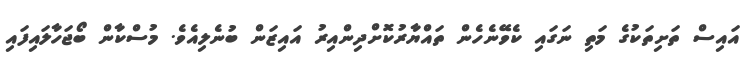
އައިސް ތަށިތަކުގެ މަތި ނަގައި ކެވޭނެހެން ތައްޔާރުކޮށްދިންއިރު އައިޒަން ބުނެލިއެވެ. މުސްކާން ބޯޖަހާލައިފައި